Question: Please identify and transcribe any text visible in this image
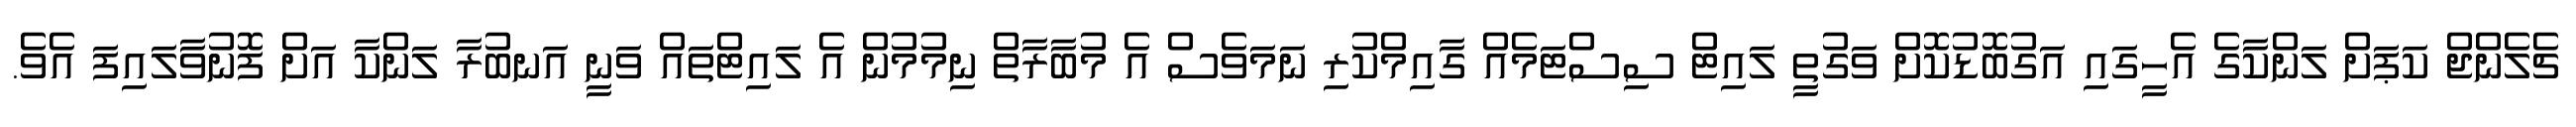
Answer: ޗެލެންޖް ކަޕަށް ލަންކާގެ އެހީގައި އަގުބޮޑުކޮށް ވަގުތީ ލައިޓް ސިސްޓަމެއް ގާއިމްކުރި ނަމަވެސް އެ މުބާރާތް ނިމުމުން އެ ލައިޓްތައް ވަނީ އަނބުރާ ލަންކާ އަށް ފޮނުވާލައިފަ އެވެ.